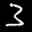
Label: 3